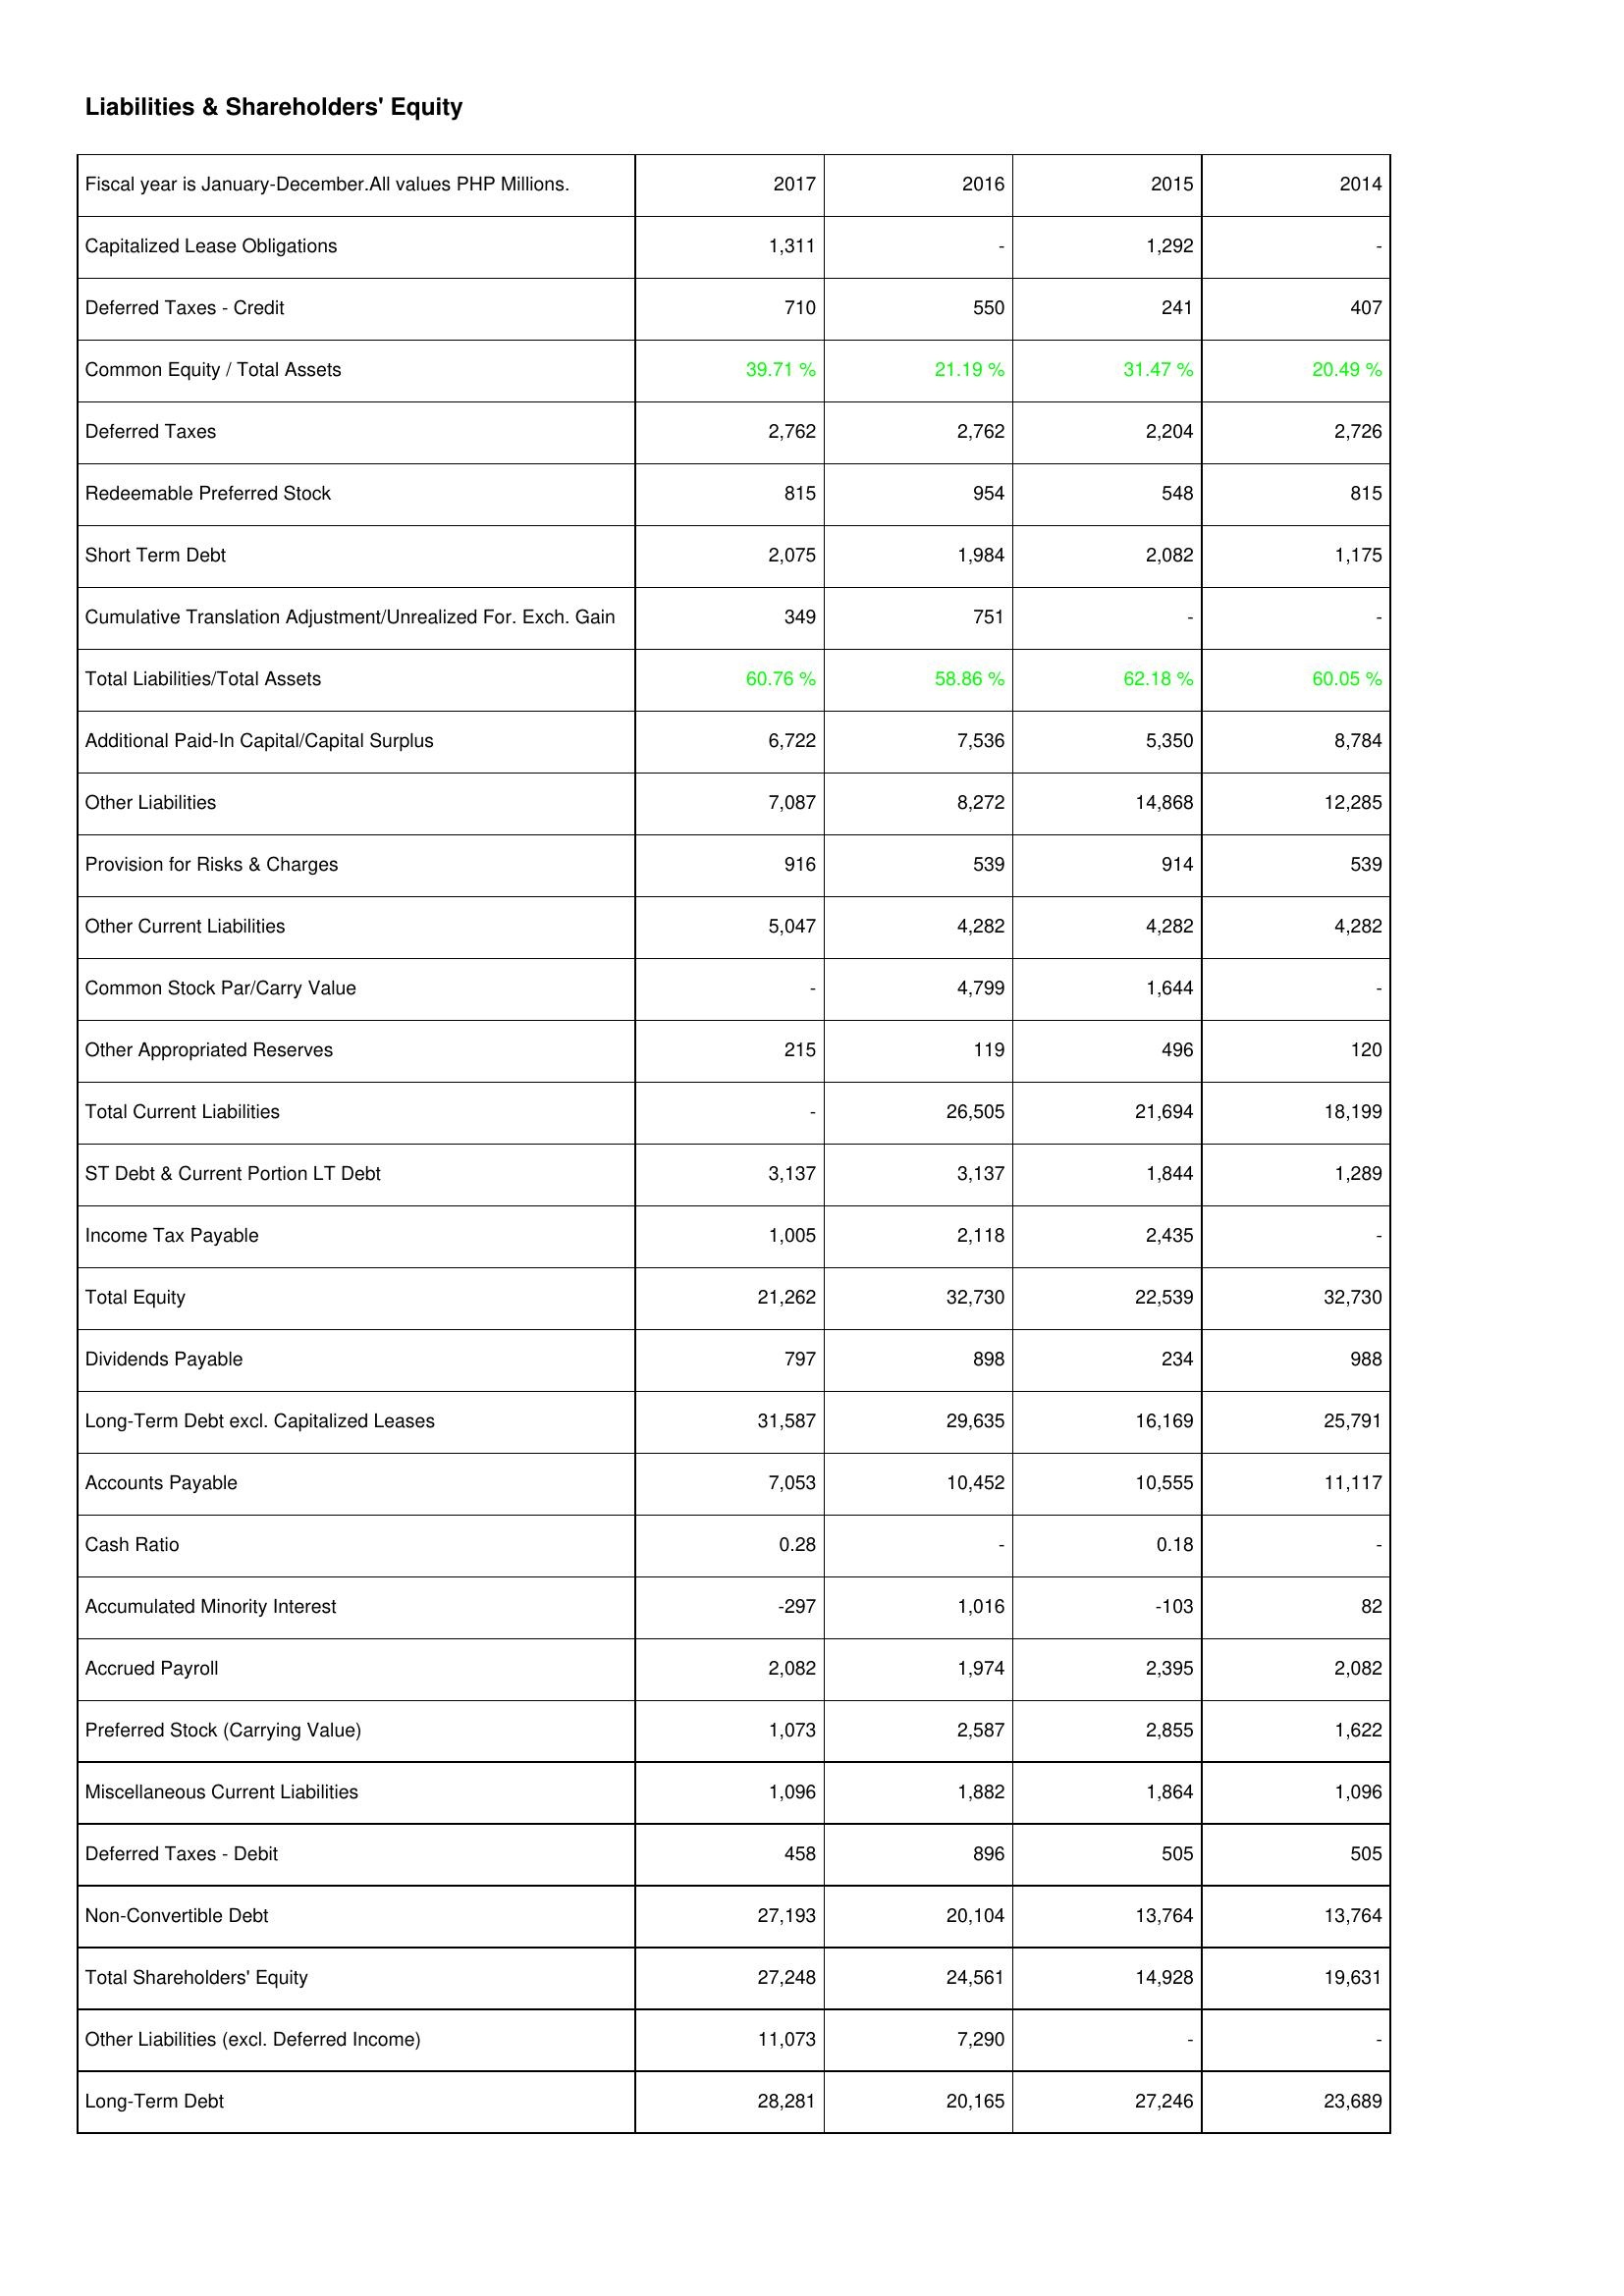
2017: Liabilities & Shareholders' Equity: Capitalized Lease Obligations: 1,311
Deferred Taxes - Credit: 710
Common Equity / Total Assets: 39.71 %
Deferred Taxes: 2,762
Redeemable Preferred Stock: 815
Short Term Debt: 2,075
Cumulative Translation Adjustment/Unrealized For. Exch. Gain: 349
Total Liabilities/Total Assets: 60.76 %
Additional Paid-In Capital/Capital Surplus: 6,722
Other Liabilities: 7,087
Provision for Risks & Charges: 916
Other Current Liabilities: 5,047
Common Stock Par/Carry Value: -
Other Appropriated Reserves: 215
Total Current Liabilities: -
ST Debt & Current Portion LT Debt: 3,137
Income Tax Payable: 1,005
Total Equity: 21,262
Dividends Payable: 797
Long-Term Debt excl. Capitalized Leases: 31,587
Accounts Payable: 7,053
Cash Ratio: 0.28
Accumulated Minority Interest: -297
Accrued Payroll: 2,082
Preferred Stock (Carrying Value): 1,073
Miscellaneous Current Liabilities: 1,096
Deferred Taxes - Debit: 458
Non-Convertible Debt: 27,193
Total Shareholders' Equity: 27,248
Other Liabilities (excl. Deferred Income): 11,073
Long-Term Debt: 28,281
2016: Liabilities & Shareholders' Equity: Capitalized Lease Obligations: -
Deferred Taxes - Credit: 550
Common Equity / Total Assets: 21.19 %
Deferred Taxes: 2,762
Redeemable Preferred Stock: 954
Short Term Debt: 1,984
Cumulative Translation Adjustment/Unrealized For. Exch. Gain: 751
Total Liabilities/Total Assets: 58.86 %
Additional Paid-In Capital/Capital Surplus: 7,536
Other Liabilities: 8,272
Provision for Risks & Charges: 539
Other Current Liabilities: 4,282
Common Stock Par/Carry Value: 4,799
Other Appropriated Reserves: 119
Total Current Liabilities: 26,505
ST Debt & Current Portion LT Debt: 3,137
Income Tax Payable: 2,118
Total Equity: 32,730
Dividends Payable: 898
Long-Term Debt excl. Capitalized Leases: 29,635
Accounts Payable: 10,452
Cash Ratio: -
Accumulated Minority Interest: 1,016
Accrued Payroll: 1,974
Preferred Stock (Carrying Value): 2,587
Miscellaneous Current Liabilities: 1,882
Deferred Taxes - Debit: 896
Non-Convertible Debt: 20,104
Total Shareholders' Equity: 24,561
Other Liabilities (excl. Deferred Income): 7,290
Long-Term Debt: 20,165
2015: Liabilities & Shareholders' Equity: Capitalized Lease Obligations: 1,292
Deferred Taxes - Credit: 241
Common Equity / Total Assets: 31.47 %
Deferred Taxes: 2,204
Redeemable Preferred Stock: 548
Short Term Debt: 2,082
Cumulative Translation Adjustment/Unrealized For. Exch. Gain: -
Total Liabilities/Total Assets: 62.18 %
Additional Paid-In Capital/Capital Surplus: 5,350
Other Liabilities: 14,868
Provision for Risks & Charges: 914
Other Current Liabilities: 4,282
Common Stock Par/Carry Value: 1,644
Other Appropriated Reserves: 496
Total Current Liabilities: 21,694
ST Debt & Current Portion LT Debt: 1,844
Income Tax Payable: 2,435
Total Equity: 22,539
Dividends Payable: 234
Long-Term Debt excl. Capitalized Leases: 16,169
Accounts Payable: 10,555
Cash Ratio: 0.18
Accumulated Minority Interest: -103
Accrued Payroll: 2,395
Preferred Stock (Carrying Value): 2,855
Miscellaneous Current Liabilities: 1,864
Deferred Taxes - Debit: 505
Non-Convertible Debt: 13,764
Total Shareholders' Equity: 14,928
Other Liabilities (excl. Deferred Income): -
Long-Term Debt: 27,246
2014: Liabilities & Shareholders' Equity: Capitalized Lease Obligations: -
Deferred Taxes - Credit: 407
Common Equity / Total Assets: 20.49 %
Deferred Taxes: 2,726
Redeemable Preferred Stock: 815
Short Term Debt: 1,175
Cumulative Translation Adjustment/Unrealized For. Exch. Gain: -
Total Liabilities/Total Assets: 60.05 %
Additional Paid-In Capital/Capital Surplus: 8,784
Other Liabilities: 12,285
Provision for Risks & Charges: 539
Other Current Liabilities: 4,282
Common Stock Par/Carry Value: -
Other Appropriated Reserves: 120
Total Current Liabilities: 18,199
ST Debt & Current Portion LT Debt: 1,289
Income Tax Payable: -
Total Equity: 32,730
Dividends Payable: 988
Long-Term Debt excl. Capitalized Leases: 25,791
Accounts Payable: 11,117
Cash Ratio: -
Accumulated Minority Interest: 82
Accrued Payroll: 2,082
Preferred Stock (Carrying Value): 1,622
Miscellaneous Current Liabilities: 1,096
Deferred Taxes - Debit: 505
Non-Convertible Debt: 13,764
Total Shareholders' Equity: 19,631
Other Liabilities (excl. Deferred Income): -
Long-Term Debt: 23,689